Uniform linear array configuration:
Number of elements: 12
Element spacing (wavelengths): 0.5
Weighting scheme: binomial
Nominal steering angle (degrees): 60
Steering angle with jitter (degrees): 58.392
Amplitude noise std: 0.05
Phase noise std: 0.05

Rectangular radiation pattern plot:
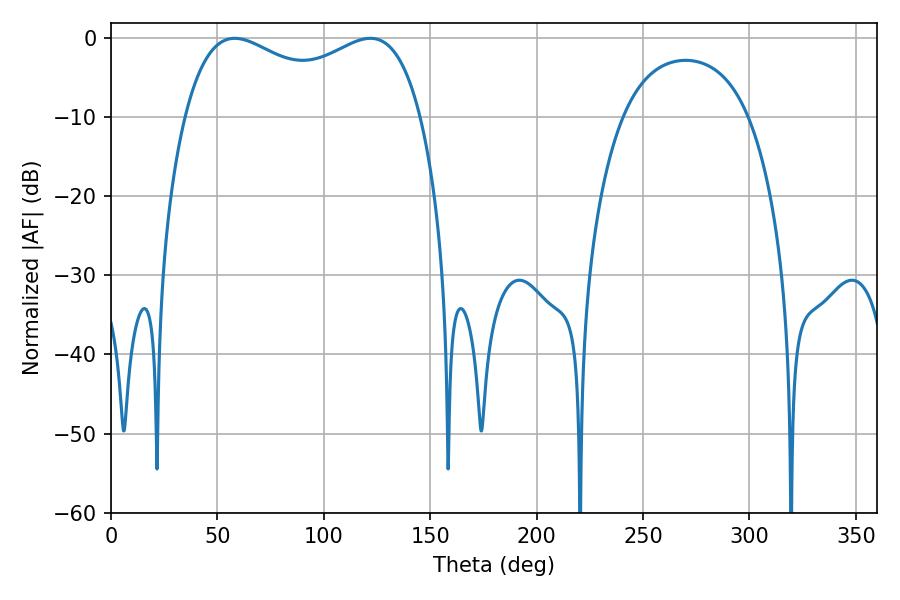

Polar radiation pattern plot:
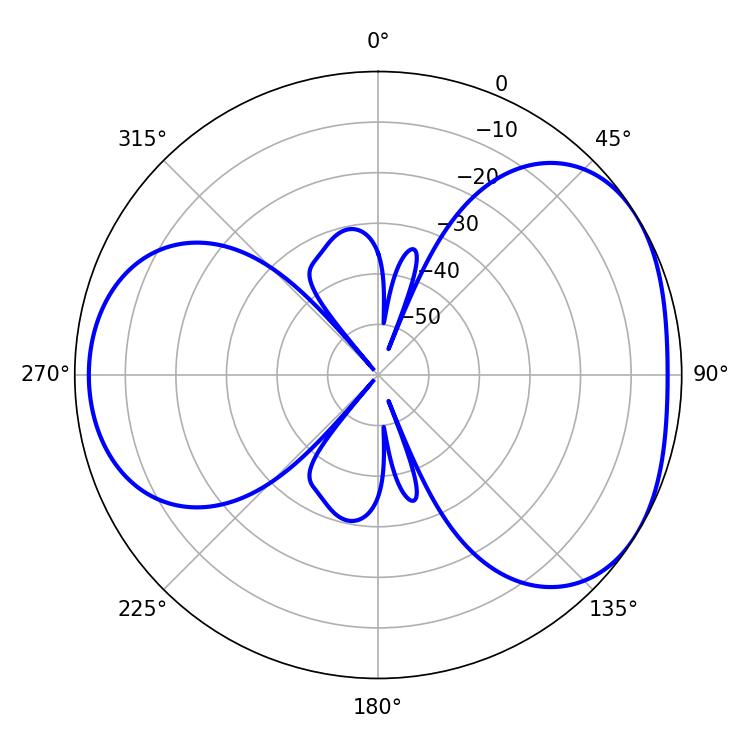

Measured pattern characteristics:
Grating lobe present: FALSE
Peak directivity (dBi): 4.108
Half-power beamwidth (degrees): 92.16
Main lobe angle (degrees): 58.14